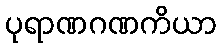
ပုရာဏဂဏကိယာ